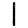
Digit: 1